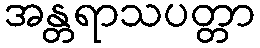
အန္တရာသပတ္တာ